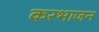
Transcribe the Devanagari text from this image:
करभाजन